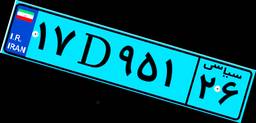
۱۷D۹۵۱۲۶